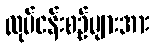
လုပ်ငန်းစဉ်များအား